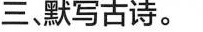
三默写古诗。